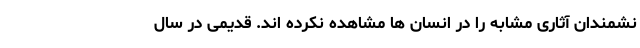
نشمندان آثاری مشابه را در انسان ها مشاهده نکرده اند. قدیمی در سال